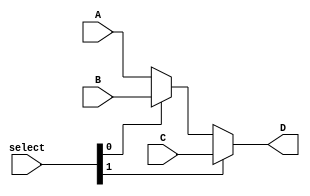
`timescale 1ns/1ns
module MUX_3(input[1:0] select,input[7:0] A,B,C,output[7:0] D);
  assign D=select[1]?C:(select[0]?B:A);
endmodule